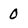
Character: 0